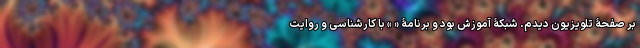
بر صفحۀ تلویزیون دیدم. شبکۀ آموزش بود و برنامۀ « » با کارشناسی و روایت